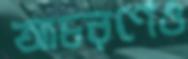
আচরণেও